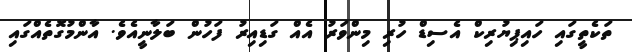
ތަކެތީގައި ހައިޕިޔުރިކް އެސިޑް ހުރި މިންވަރު އެއް ގަޑިއިރު ފަހުން ބަލާނީއެވެ. އާންމުގޮތެއްގައި